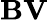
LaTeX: \textbf{BV}